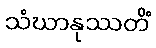
သံဃာနုဿတိံ